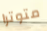
متوترا